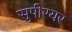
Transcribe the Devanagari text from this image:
सुपीरयर